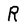
Character: R